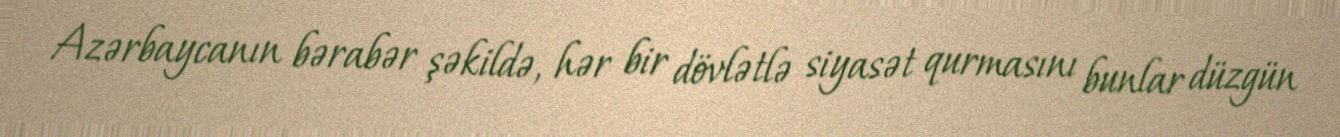
Azərbaycanın bərabər şəkildə, hər bir dövlətlə siyasət qurmasını bunlar düzgün